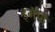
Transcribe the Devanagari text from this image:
इमेहिँ